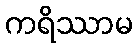
ကရိဿာမ